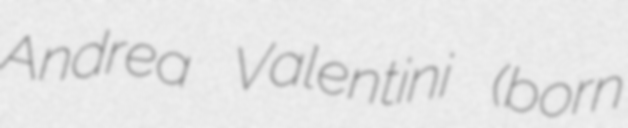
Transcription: Andrea Valentini (born